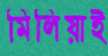
মিলিয়াই